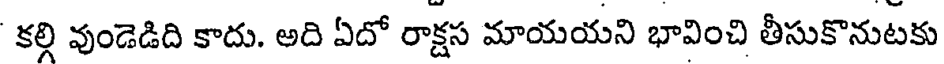
కలి వుండెడిది కాదు. అది ఏదో రాక్షస మాయయని భావించి తీసుకొనుటకు